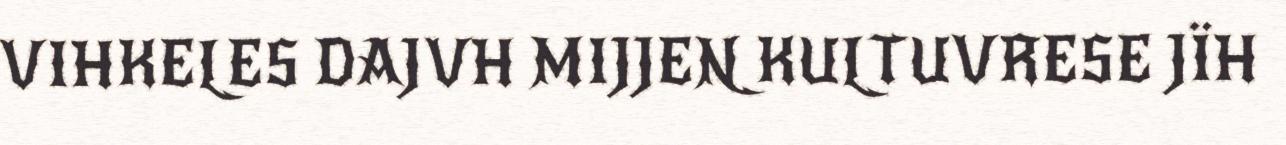
VIHKELES DAJVH MIJJEN KULTUVRESE JÏH